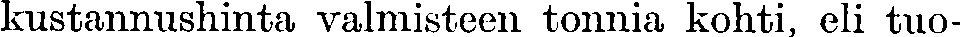
kustannushinta valmisteen tonnia kohti, eli tuo-